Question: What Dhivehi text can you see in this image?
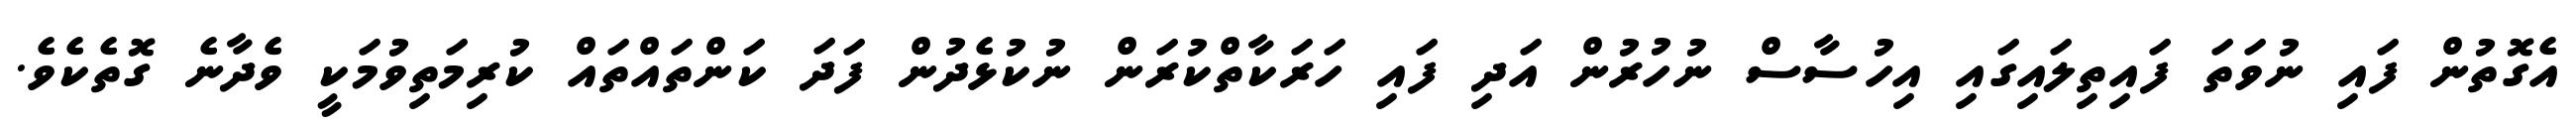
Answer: އެގޮތުން ފައި ނުވަތަ ފައިތިލައިގައި އިހުސާސް ނުހުރުން އަދި ފައި ހަރަކާތްކުރަން ނުކުޅެދުން ފަދަ ކަންތައްތައް ކުރިމަތިވުމަކީ ވެދާނެ ގޮތެކެވެ.